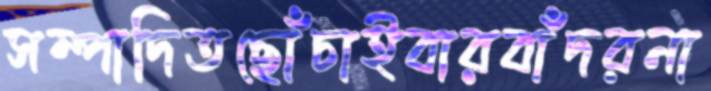
সম্পাদিতছোঁচাইবারবাঁদরনা